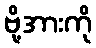
ဗို့အားကို